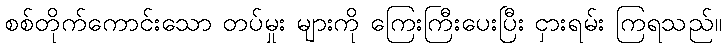
စစ်တိုက်ကောင်းသော တပ်မှုး များကို ကြေးကြီးပေးပြီး ငှားရမ်း ကြရသည်။